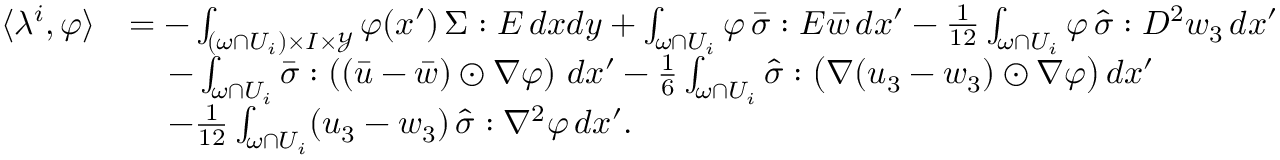
\begin{array} { r l } { \langle \lambda ^ { i } , \varphi \rangle } & { = - \int _ { ( \omega \cap U _ { i } ) \times I \times \mathcal { Y } } \varphi ( x ^ { \prime } ) \, \Sigma : E \, d x d y + \int _ { \omega \cap U _ { i } } \varphi \, \bar { \sigma } : E \bar { w } \, d x ^ { \prime } - \frac { 1 } { 1 2 } \int _ { \omega \cap U _ { i } } \varphi \, \hat { \sigma } : D ^ { 2 } w _ { 3 } \, d x ^ { \prime } } \\ & { \, \quad - \int _ { \omega \cap U _ { i } } \bar { \sigma } : \left( ( \bar { u } - \bar { w } ) \odot \nabla \varphi \right) \, d x ^ { \prime } - \frac { 1 } { 6 } \int _ { \omega \cap U _ { i } } \hat { \sigma } : \big ( \nabla ( u _ { 3 } - w _ { 3 } ) \odot \nabla \varphi \big ) \, d x ^ { \prime } } \\ & { \, \quad - \frac { 1 } { 1 2 } \int _ { \omega \cap U _ { i } } ( u _ { 3 } - w _ { 3 } ) \, \hat { \sigma } : \nabla ^ { 2 } \varphi \, d x ^ { \prime } . } \end{array}